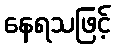
နေရသဖြင့်